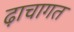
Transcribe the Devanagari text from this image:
ढ़ाचागत